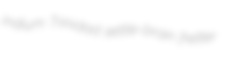
indium Trinidad settle-brain fretter